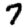
Digit: 7